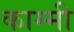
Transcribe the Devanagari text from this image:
काम्मी